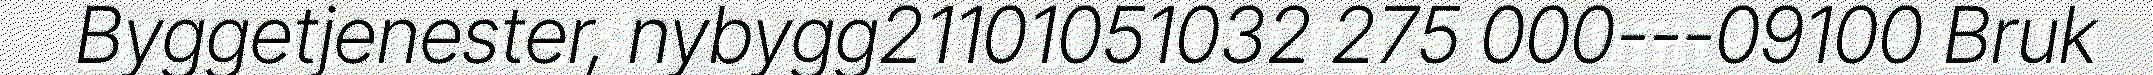
Byggetjenester, nybygg21101051032 275 000---09100 Bruk